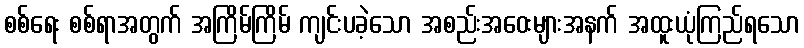
စစ်ရေး စစ်ရာအတွက် အကြိမ်ကြိမ် ကျင်းပခဲ့သော အစည်းအဝေးများအနက် အထူးယုံကြည်ရသော